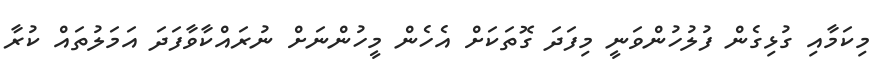
މިކަމާއި ގުޅިގެން ފުލުހުންވަނީ މިފަދަ ގޮތަކަށް އެހެން މީހުންނަށް ނުރައްކާވާފަދަ އަމަލުތައް ކުރާ